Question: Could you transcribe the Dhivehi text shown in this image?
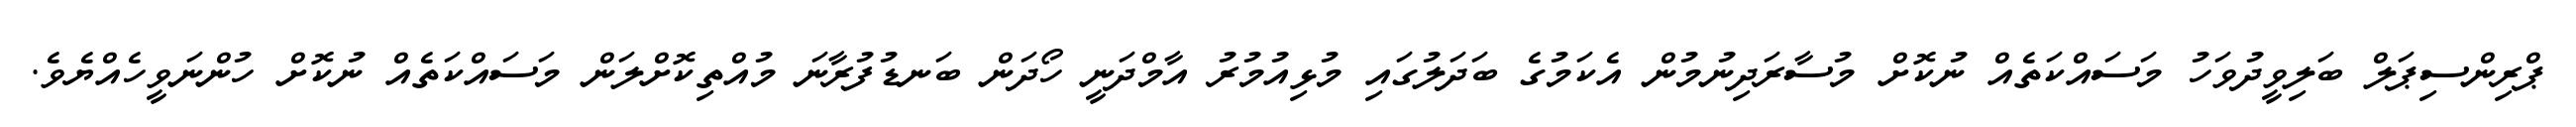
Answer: ޕްރިންސިޕަލް ބަލިވީދުވަހު މަސައްކަތެއް ނުކޮށް މުސާރަދިނުމުން އެކަމުގެ ބަދަލުގައި މުޅިއުމުރު އާމްދަނީ ހޯދަން ބަނޑުފުރާނަ މުއްތިކޮށްލަން މަސައްކަތެއް ނުކޮށް ހުންނަވީހެއްޔެވެ.